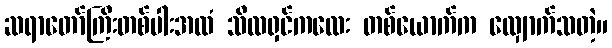
ဆရာတော်ကြီးတစ်ပါးအထံ သီလရှင်ကလေး တစ်ယောက်က လျှောက်သတဲ့။